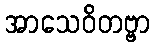
အာသေဝိတဗ္ဗာ